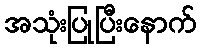
အသုံးပြုပြီးနောက်